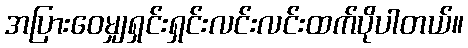
အပြားဝေမျှရှင်းရှင်းလင်းလင်းထက်ပိုပါတယ်။